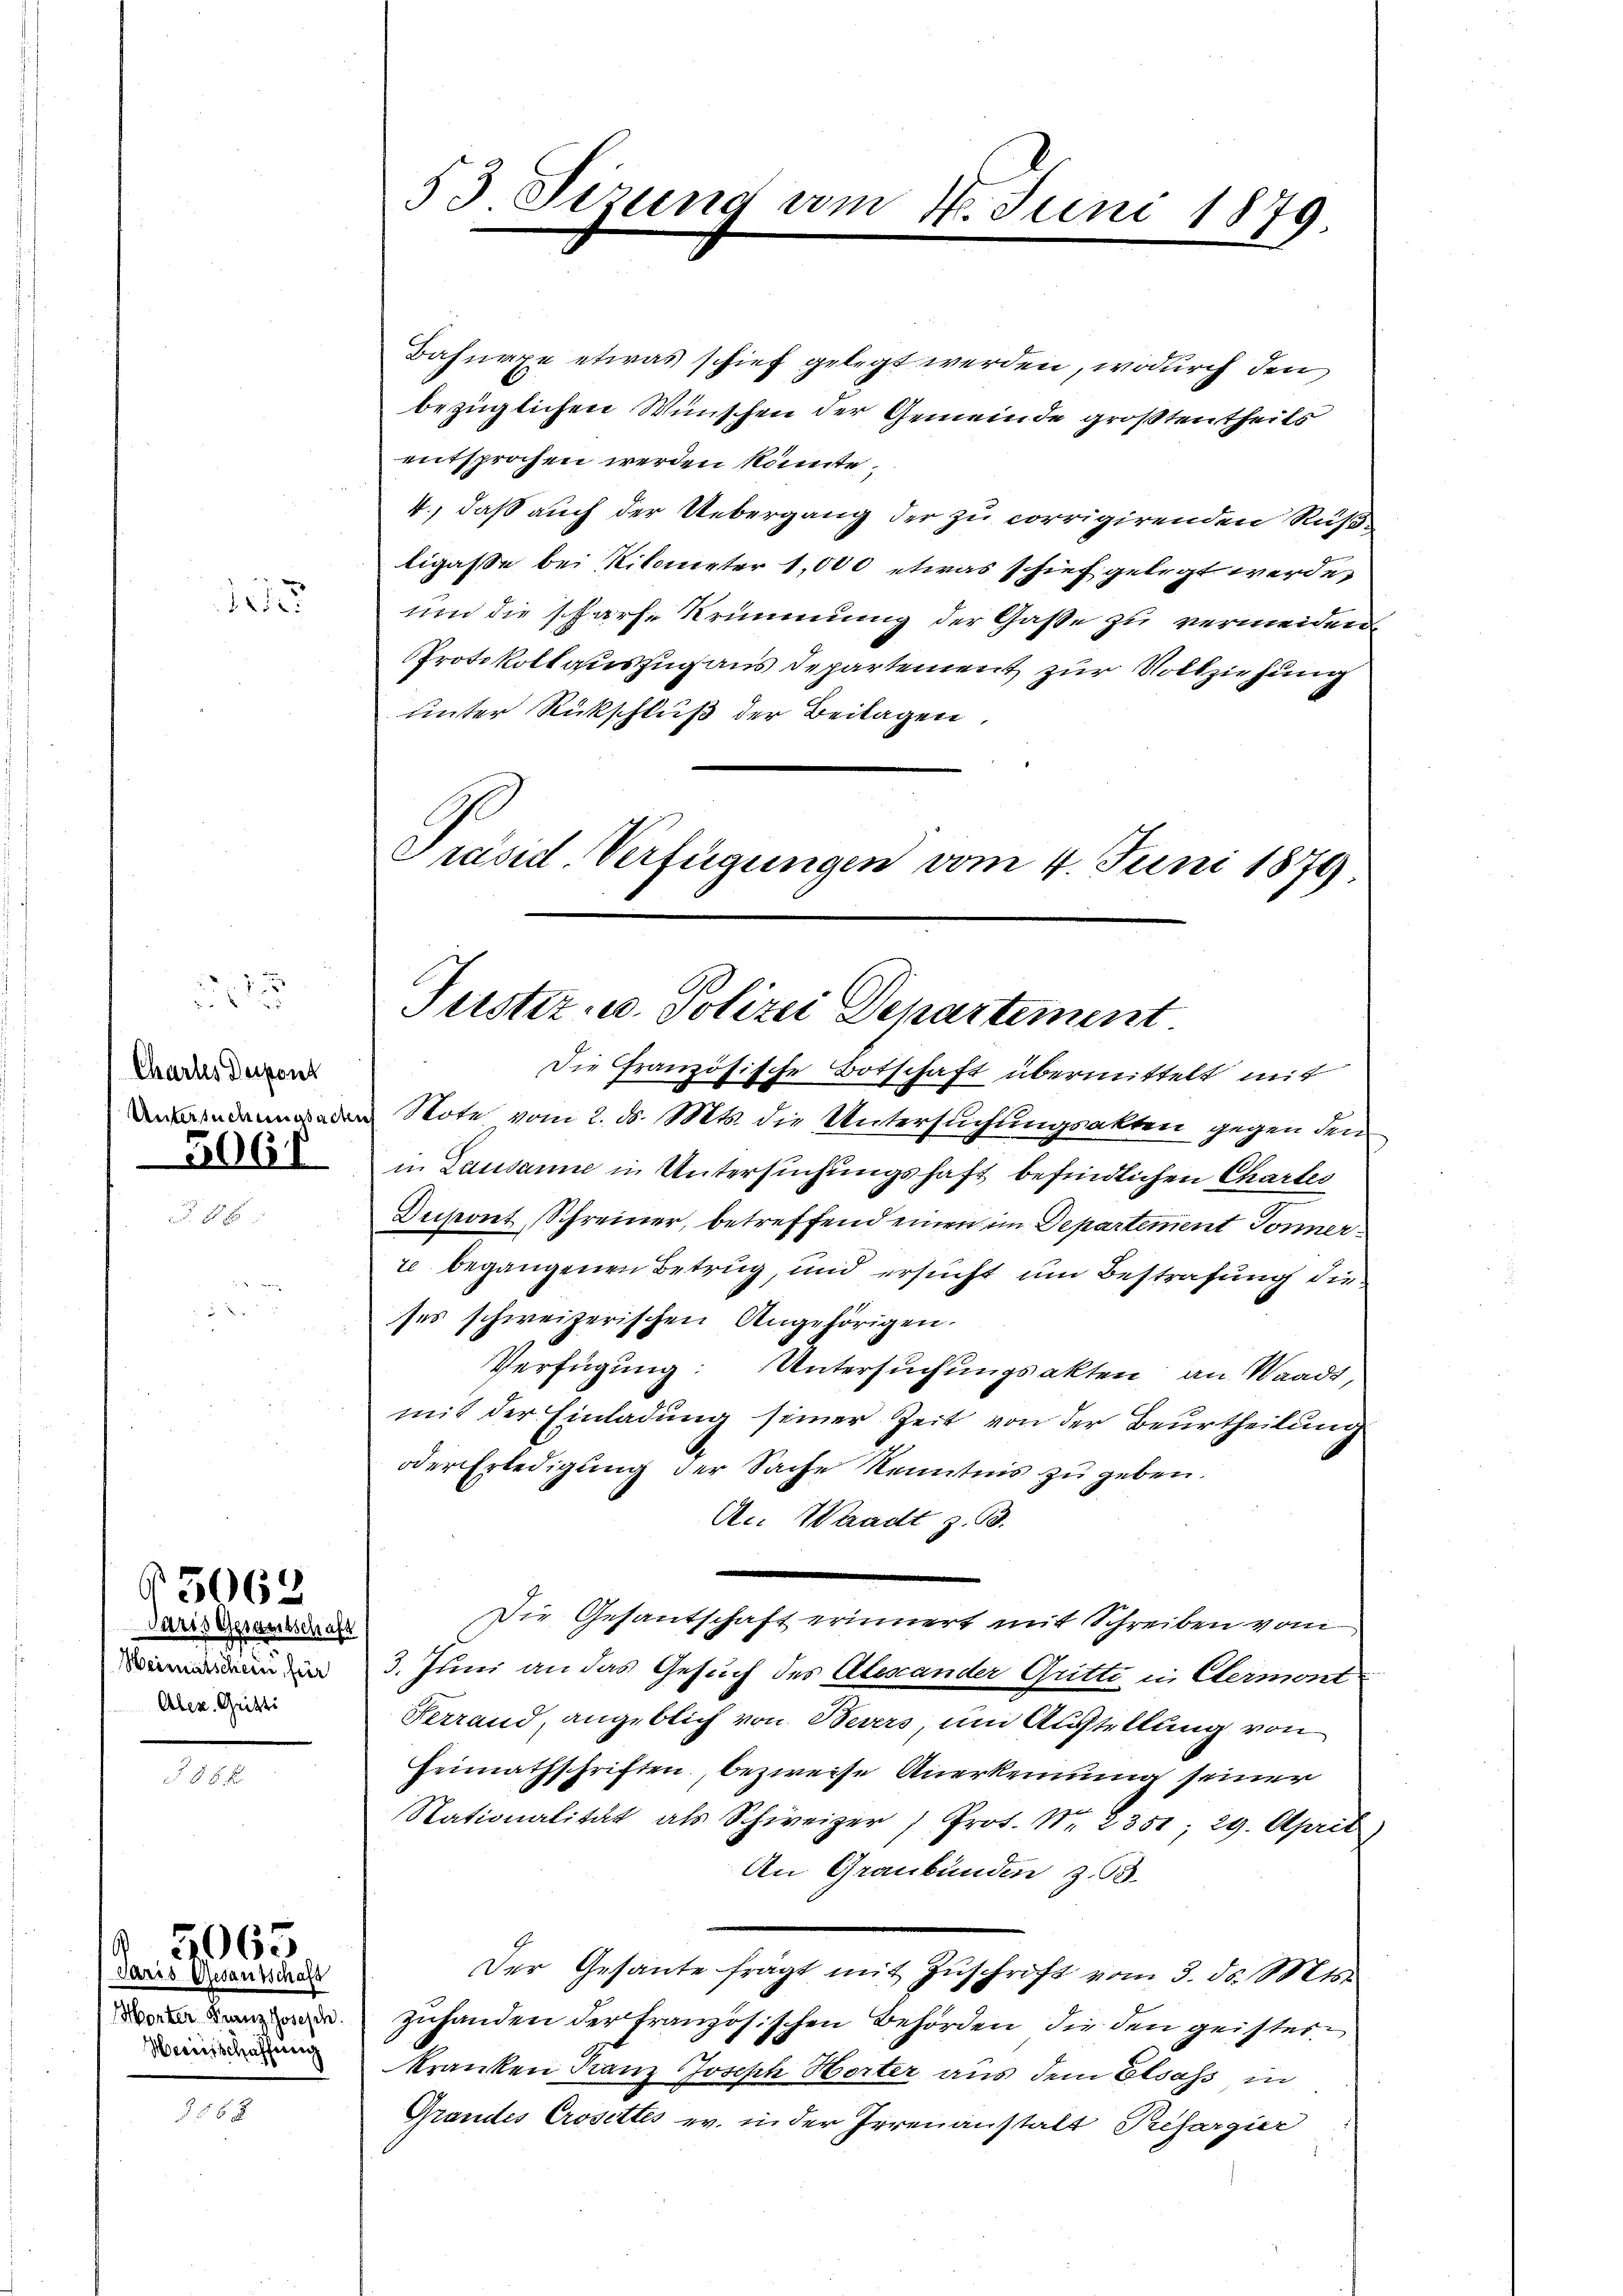
55

s
Chartes Deipont
506f

Vüris Gesamtschaft
Heimatschein, für
Aber Gritti

G3063

Paris Gesausschaft
Morter Franz Joseph.
Sanitschaffung

5063

355 x

53 Sizung am 16. Juni 1879

Bahnaxe etwas schief gelegt werden, wodurch den
bezüglichen Wünschen der Gemeinde größten theils
entsprochen werden könnte,
4., daß auch der Uebergang der zu corrigirenden Rußligasse bei Kilometer 1,000 etwas schief gelegt werde.
und die scharfe Krimmung der Gasse zu vermeiden
Protokollauszug aus Departement zur Vollziehung
unter Rückschluß der Beilagen.
Präsid. Verfügungen vom 4. Juni 1879

Justiz- u. Polizei Departement
Die Französische Botschaft übermittelt mit

ndenenden Note vom 2. d. Mts. die Untersuchungsakten gegen den
in Lausanne in Untersuchungshaft befindlichen Chartes
Dupont Schreiner, betreffend einen im Departement Sonnerre begangenen Betrug, und ersucht um Bestrafung die
ses schweizerischen Angehörigen.
Verfügung: Untersuchungsakten an Waadt,
mit der Einladung seiner Zeit von der Beurtheilung
oder Erledigung der Sache Kenntnis zu geben.
An Waadt z. B.
Die Gesantschaft erinnert mit Schreiben vom
3. Juni an das Gesuch des Alexander Gritti in Eltermont
Ferrand, angeblich von Bevers, um Ausstellung von
Heimathschriften, bezweise Anerkennung seiner
Nationalität als Schweizer " Prof. Nr. 2351; 29. April)
An Graubünden z. B.
Der Gesante frägt mit Zŭschrift vom 3. ds. Mts.
zuhanden der französischen Behörden, die den geisterkranken Franz Joseph Herter aus dem Elsass in
Grandes Crosettes w. in der Irrenanstalt Prefargier